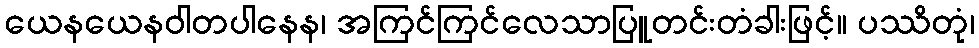
ယေနယေနဝါတပါနေန၊ အကြင်ကြင်လေသာပြူတင်းတံခါးဖြင့်။ ပဿိတုံ၊